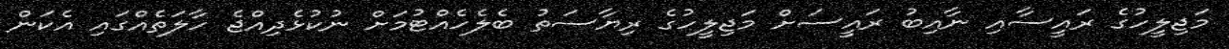
މަޖިލީހުގެ ރައީސާއި ނާއިބު ރައީސަށް މަޖިލީހުގެ ރިޔާސަތު ބެލެހެއްޓުމަށް ނުކުޅެދިއްޖެ ހާލަތެއްގައި އެކަން